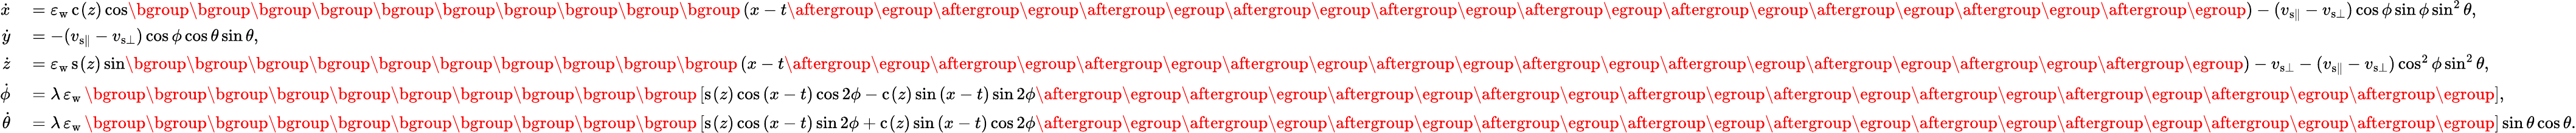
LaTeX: \begin{array}{rl}{\dot{x}}&{{}=\varepsilon_{\mathrm{w}}\, \mathrm{c}_{}(z)\cos\mathopen{}\mathclose\bgroup\mathopen{}\mathclose\bgroup\mathopen{}\mathclose\bgroup\mathopen{}\mathclose\bgroup\mathopen{}\mathclose\bgroup\mathopen{}\mathclose\bgroup\mathopen{}\mathclose\bgroup\mathopen{}\mathclose\bgroup\mathopen{}\mathclose\bgroup\mathopen{}\mathclose\bgroup\left(x-t\aftergroup\egroup\aftergroup\egroup\aftergroup\egroup\aftergroup\egroup\aftergroup\egroup\aftergroup\egroup\aftergroup\egroup\aftergroup\egroup\aftergroup\egroup\aftergroup\egroup\right)-(v_{{\mathrm{s}}\parallel}-v_{{\mathrm{s}}\bot})\cos\phi\sin\phi\sin^{2}\theta,}\\ {\dot{y}}&{{}=-(v_{{\mathrm{s}}\parallel}-v_{{\mathrm{s}}\bot})\cos\phi\cos\theta\sin\theta,}\\ {\dot{z}}&{{}=\varepsilon_{\mathrm{w}}\, \mathrm{s}_{}(z)\sin\mathopen{}\mathclose\bgroup\mathopen{}\mathclose\bgroup\mathopen{}\mathclose\bgroup\mathopen{}\mathclose\bgroup\mathopen{}\mathclose\bgroup\mathopen{}\mathclose\bgroup\mathopen{}\mathclose\bgroup\mathopen{}\mathclose\bgroup\mathopen{}\mathclose\bgroup\mathopen{}\mathclose\bgroup\left(x-t\aftergroup\egroup\aftergroup\egroup\aftergroup\egroup\aftergroup\egroup\aftergroup\egroup\aftergroup\egroup\aftergroup\egroup\aftergroup\egroup\aftergroup\egroup\aftergroup\egroup\right)-v_{{\mathrm{s}}\bot}-(v_{{\mathrm{s}}\parallel}-v_{{\mathrm{s}}\bot})\cos^{2}\phi\sin^{2}\theta,}\\ {\dot{\phi}}&{{}=\lambda\, \varepsilon_{\mathrm{w}}\, \mathopen{}\mathclose\bgroup\mathopen{}\mathclose\bgroup\mathopen{}\mathclose\bgroup\mathopen{}\mathclose\bgroup\mathopen{}\mathclose\bgroup\mathopen{}\mathclose\bgroup\mathopen{}\mathclose\bgroup\mathopen{}\mathclose\bgroup\mathopen{}\mathclose\bgroup\mathopen{}\mathclose\bgroup\left[\mathrm{s}_{}(z)\cos{(x-t)}\cos{2\phi}-\mathrm{c}_{}(z)\sin{(x-t)}\sin{2\phi}\aftergroup\egroup\aftergroup\egroup\aftergroup\egroup\aftergroup\egroup\aftergroup\egroup\aftergroup\egroup\aftergroup\egroup\aftergroup\egroup\aftergroup\egroup\aftergroup\egroup\right],}\\ {\dot{\theta}}&{{}=\lambda\, \varepsilon_{\mathrm{w}}\, \mathopen{}\mathclose\bgroup\mathopen{}\mathclose\bgroup\mathopen{}\mathclose\bgroup\mathopen{}\mathclose\bgroup\mathopen{}\mathclose\bgroup\mathopen{}\mathclose\bgroup\mathopen{}\mathclose\bgroup\mathopen{}\mathclose\bgroup\mathopen{}\mathclose\bgroup\mathopen{}\mathclose\bgroup\left[\mathrm{s}_{}(z)\cos{(x-t)}\sin{2\phi}+\mathrm{c}_{}(z)\sin{(x-t)}\cos{2\phi}\aftergroup\egroup\aftergroup\egroup\aftergroup\egroup\aftergroup\egroup\aftergroup\egroup\aftergroup\egroup\aftergroup\egroup\aftergroup\egroup\aftergroup\egroup\aftergroup\egroup\right]\sin\theta\cos\theta.}\end{array}